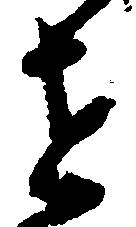
せ